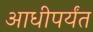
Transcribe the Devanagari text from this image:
आधीपर्यंत